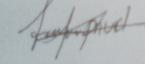
Signature authenticity: forged